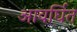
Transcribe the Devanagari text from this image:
आवर्घित